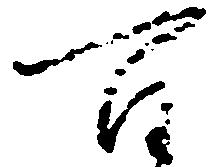
百